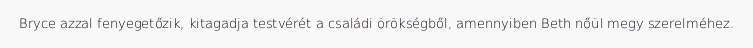
Bryce azzal fenyegetőzik, kitagadja testvérét a családi örökségből, amennyiben Beth nőül megy szerelméhez.